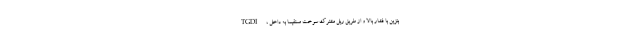
TGDI، بنزین با فشار بالا و از طریق ریل مشترک سوخت مستقیماً به داخل